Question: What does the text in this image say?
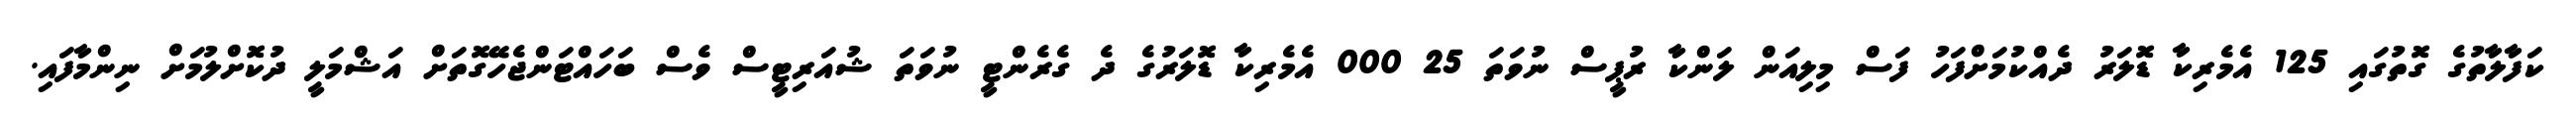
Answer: ކަފާލާތުގެ ގޮތުގައި 125 އެމެރިކާ ޑޮލަރު ދެއްކުމަށްފަހު ފަސް މިލިއަން ލަންކާ ރުޕީސް ނުވަތަ 25 000 އެމެރިކާ ޑޮލަރުގެ ދެ ގެރެންޓީ ނުވަތަ ޝުއަރިޓީސް ވެސް ބަހައްޓަންޖެހޭގޮތަށް އަޝްމަލީ ދުކޮށްލުމަށް ނިންމާފައި.